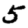
Digit: 5